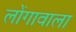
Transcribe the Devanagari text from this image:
लोंगावाला